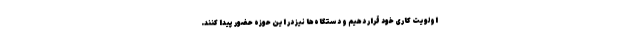
اولویت کاری خود قرار دهیم و دستگاه‌ها نیز در این حوزه حضور پیدا کنند.